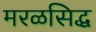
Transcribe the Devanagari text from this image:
मरळसिद्ध